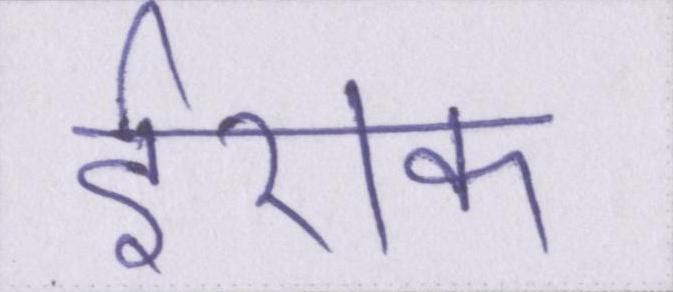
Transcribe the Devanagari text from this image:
ईराक